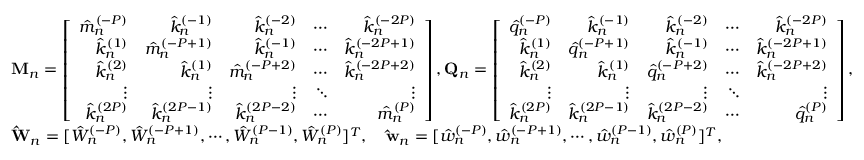
\begin{array} { r l } & { \mathbf { M } _ { n } = \left[ \begin{array} { r r r r r } { \hat { m } _ { n } ^ { ( - P ) } } & { \hat { k } _ { n } ^ { ( - 1 ) } } & { \hat { k } _ { n } ^ { ( - 2 ) } } & { \cdots } & { \hat { k } _ { n } ^ { ( - 2 P ) } } \\ { \hat { k } _ { n } ^ { ( 1 ) } } & { \hat { m } _ { n } ^ { ( - P + 1 ) } } & { \hat { k } _ { n } ^ { ( - 1 ) } } & { \cdots } & { \hat { k } _ { n } ^ { ( - 2 P + 1 ) } } \\ { \hat { k } _ { n } ^ { ( 2 ) } } & { \hat { k } _ { n } ^ { ( 1 ) } } & { \hat { m } _ { n } ^ { ( - P + 2 ) } } & { \cdots } & { \hat { k } _ { n } ^ { ( - 2 P + 2 ) } } \\ { \vdots } & { \vdots } & { \vdots } & { \ddots } & { \vdots } \\ { \hat { k } _ { n } ^ { ( 2 P ) } } & { \hat { k } _ { n } ^ { ( 2 P - 1 ) } } & { \hat { k } _ { n } ^ { ( 2 P - 2 ) } } & { \cdots } & { \hat { m } _ { n } ^ { ( P ) } } \end{array} \right] , \mathbf { Q } _ { n } = \left[ \begin{array} { r r r r r } { \hat { q } _ { n } ^ { ( - P ) } } & { \hat { k } _ { n } ^ { ( - 1 ) } } & { \hat { k } _ { n } ^ { ( - 2 ) } } & { \cdots } & { \hat { k } _ { n } ^ { ( - 2 P ) } } \\ { \hat { k } _ { n } ^ { ( 1 ) } } & { \hat { q } _ { n } ^ { ( - P + 1 ) } } & { \hat { k } _ { n } ^ { ( - 1 ) } } & { \cdots } & { \hat { k } _ { n } ^ { ( - 2 P + 1 ) } } \\ { \hat { k } _ { n } ^ { ( 2 ) } } & { \hat { k } _ { n } ^ { ( 1 ) } } & { \hat { q } _ { n } ^ { ( - P + 2 ) } } & { \cdots } & { \hat { k } _ { n } ^ { ( - 2 P + 2 ) } } \\ { \vdots } & { \vdots } & { \vdots } & { \ddots } & { \vdots } \\ { \hat { k } _ { n } ^ { ( 2 P ) } } & { \hat { k } _ { n } ^ { ( 2 P - 1 ) } } & { \hat { k } _ { n } ^ { ( 2 P - 2 ) } } & { \cdots } & { \hat { q } _ { n } ^ { ( P ) } } \end{array} \right] , } \\ & { \mathbf { \hat { W } } _ { n } = [ \hat { W } _ { n } ^ { ( - P ) } , \hat { W } _ { n } ^ { ( - P + 1 ) } , \cdots , \hat { W } _ { n } ^ { ( P - 1 ) } , \hat { W } _ { n } ^ { ( P ) } ] ^ { T } , \quad \mathbf { \hat { w } } _ { n } = [ \hat { w } _ { n } ^ { ( - P ) } , \hat { w } _ { n } ^ { ( - P + 1 ) } , \cdots , \hat { w } _ { n } ^ { ( P - 1 ) } , \hat { w } _ { n } ^ { ( P ) } ] ^ { T } , } \end{array}